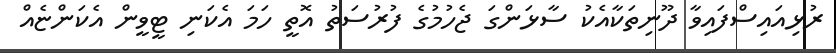
ރުޅިއައިސްފައިވާ ދޫނިތަކާއެކު ސާޅަންގަ ޖެހުމުގެ ފުރުސަތު އޮތީ ހަމަ އެކަނި ޓީވީން އެކަންޏެއް